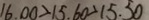
1 6 . 0 0 > 1 5 . 6 0 > 1 5 . 5 0